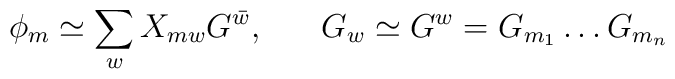
\phi_{m} \simeq \sum_{w} X_{mw} G^{\bar{w}}, \;\;\;\;\;\; G_{w} \simeq G^{w} = G_{m_{1}} \ldots G_{m_{n}}